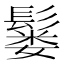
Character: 𫙂